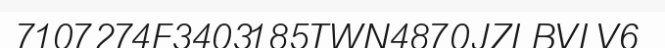
7107274F3403185TWN4870JZLBVLV6